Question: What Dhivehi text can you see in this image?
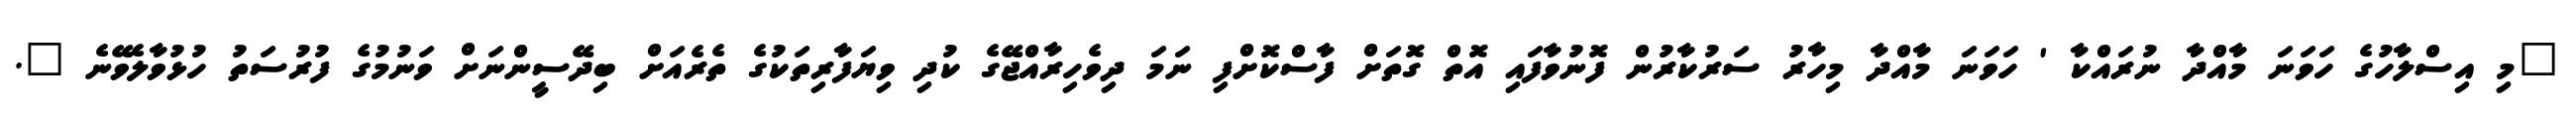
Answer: "މި އިސްލާހުގެ ހަވަނަ މާއްދާ ނުރައްކާ ' ހަވަނަ މާއްދާ މިހާރު ސަރުކާރުން ފޮނުވާފައި އޮތް ގޮތަށް ފާސްކޮށްފި ނަމަ ދިވެހިރާއްޖޭގެ ކުދި ވިޔަފާރިތަކުގެ ތެރެއަށް ބިދޭސީންނަށް ވަނުމުގެ ފުރުސަތު ހުޅުވާލެވޭނެ ".